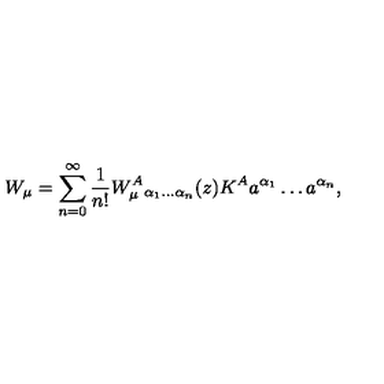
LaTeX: W _ { \mu } = \sum _ { n = 0 } ^ { \infty } \frac { 1 } { n ! } W _ { \mu } ^ { A } { } _ { \alpha _ { 1 } \ldots \alpha _ { n } } ( z ) K ^ { A } a ^ { \alpha _ { 1 } } \ldots a ^ { \alpha _ { n } } ,